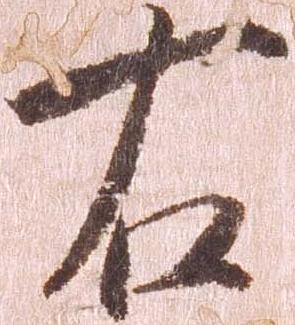
右